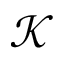
\mathcal { K }